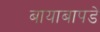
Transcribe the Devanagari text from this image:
बायाबापडे